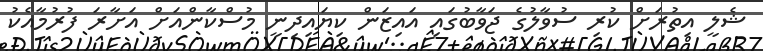
ޝެލީ އިތުރަށް ކުރި ސުވާލުގެ ޖަވާބުގައި އައިޒަން ކިޔައިދިނީ މުސްކާންއަށް އަށާރަ ފުރުމާއެކު